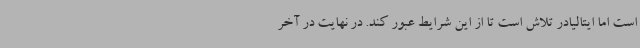
است اما ایتالیادر تلاش است تا از این شرایط عبور کند. در نهایت در آخر